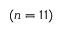
( n = 1 1 )